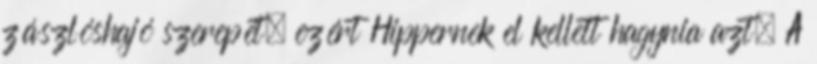
zászlóshajó szerepét, ezért Hippernek el kellett hagynia azt. A